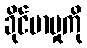
ခိုင်မာမှုကို